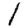
Digit: 1